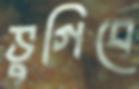
ভুগিবে